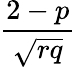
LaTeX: \frac{2-p}{\sqrt{rq}}